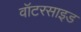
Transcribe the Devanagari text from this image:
वॉटरसाइड